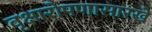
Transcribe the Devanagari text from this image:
वृक्षारोपणासारखे